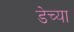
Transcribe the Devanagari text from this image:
डेच्या